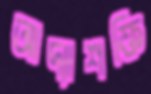
আদ্যাশক্তি